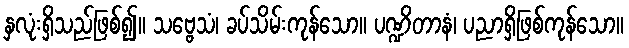
နှလုံးရှိသည်ဖြစ်၍။ သဗ္ဗေသံ၊ ခပ်သိမ်းကုန်သော။ ပဏ္ဍိတာနံ၊ ပညာရှိဖြစ်ကုန်သော။